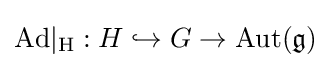
\mathrm {Ad\vert _{H}} :H\hookrightarrow G\to \mathrm {Aut} ({\mathfrak {g}})